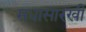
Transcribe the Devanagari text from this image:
मधासारखी